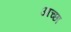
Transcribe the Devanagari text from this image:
आच्छा